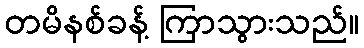
တမိနစ်ခန့် ကြာသွားသည်။